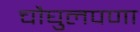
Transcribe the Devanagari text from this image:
चौघुलपणा